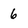
Character: 6